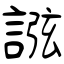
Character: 誸